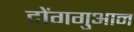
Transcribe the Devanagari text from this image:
दोंगगुआन